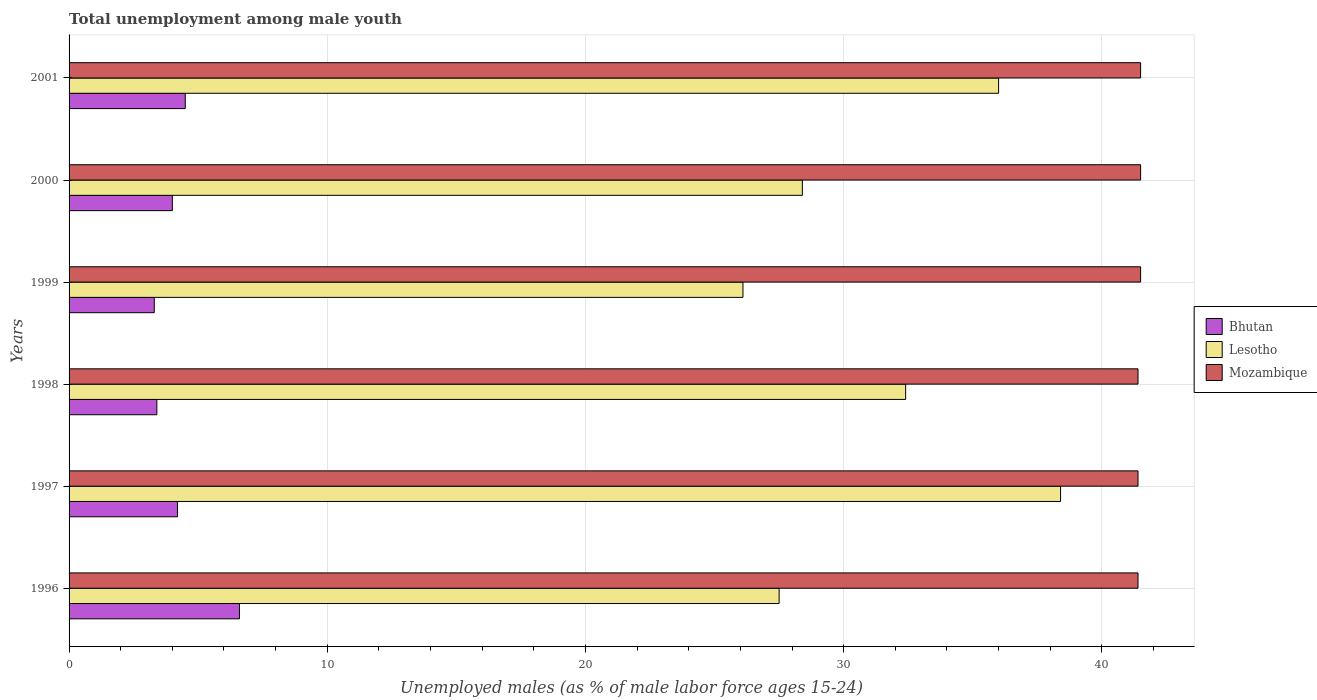
| Years | Bhutan | Lesotho | Mozambique |
 | --- | --- | --- | --- |
 | 1996 | 6.6 | 27.5 | 41.4 |
 | 1997 | 4.2 | 38.4 | 41.4 |
 | 1998 | 3.4 | 32.4 | 41.4 |
 | 1999 | 3.3 | 26.1 | 41.5 |
 | 2000 | 4 | 28.4 | 41.5 |
 | 2001 | 4.5 | 36 | 41.5 |